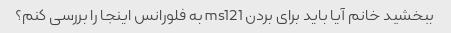
ببخشید خانم آیا باید برای بردن ms121 به فلورانس اینجا را بررسی کنم؟